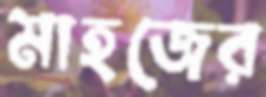
মাহজের